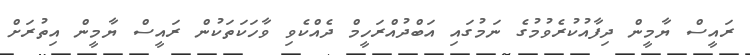
ރައީސް ޔާމީން ދިފާއުކުރެވުމުގެ ނަމުގައި އަބްދުއްރަހީމް ދެއްކެވި ވާހަކަތަކުން ރައީސް ޔާމީން އިތުރަށް